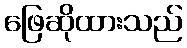
ဖြေဆိုထားသည်